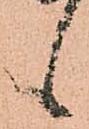
候